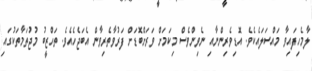
ލާމެހިފައިވާ މައްސަލައެކެވެ. އޮޑިވެރިންނާއި ނެވިންވެސް މިކަމަށް ވަރަށްބޮޑަށް ފަރުވާތެރިވާން އެބަޖެހެއެވެ. ތަހްޒީބު މުޖުތަމާތަކުގައި